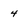
Character: 4